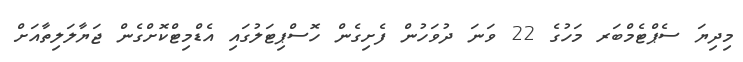
މިދިޔަ ސެޕްޓެމްބަރ މަހުގެ 22 ވަނަ ދުވަހުން ފެށިގެން ހޮސްޕިޓަލުގައި އެޑްމިޓްކޮށްގެން ޖަޔާލަލިތާއަށް